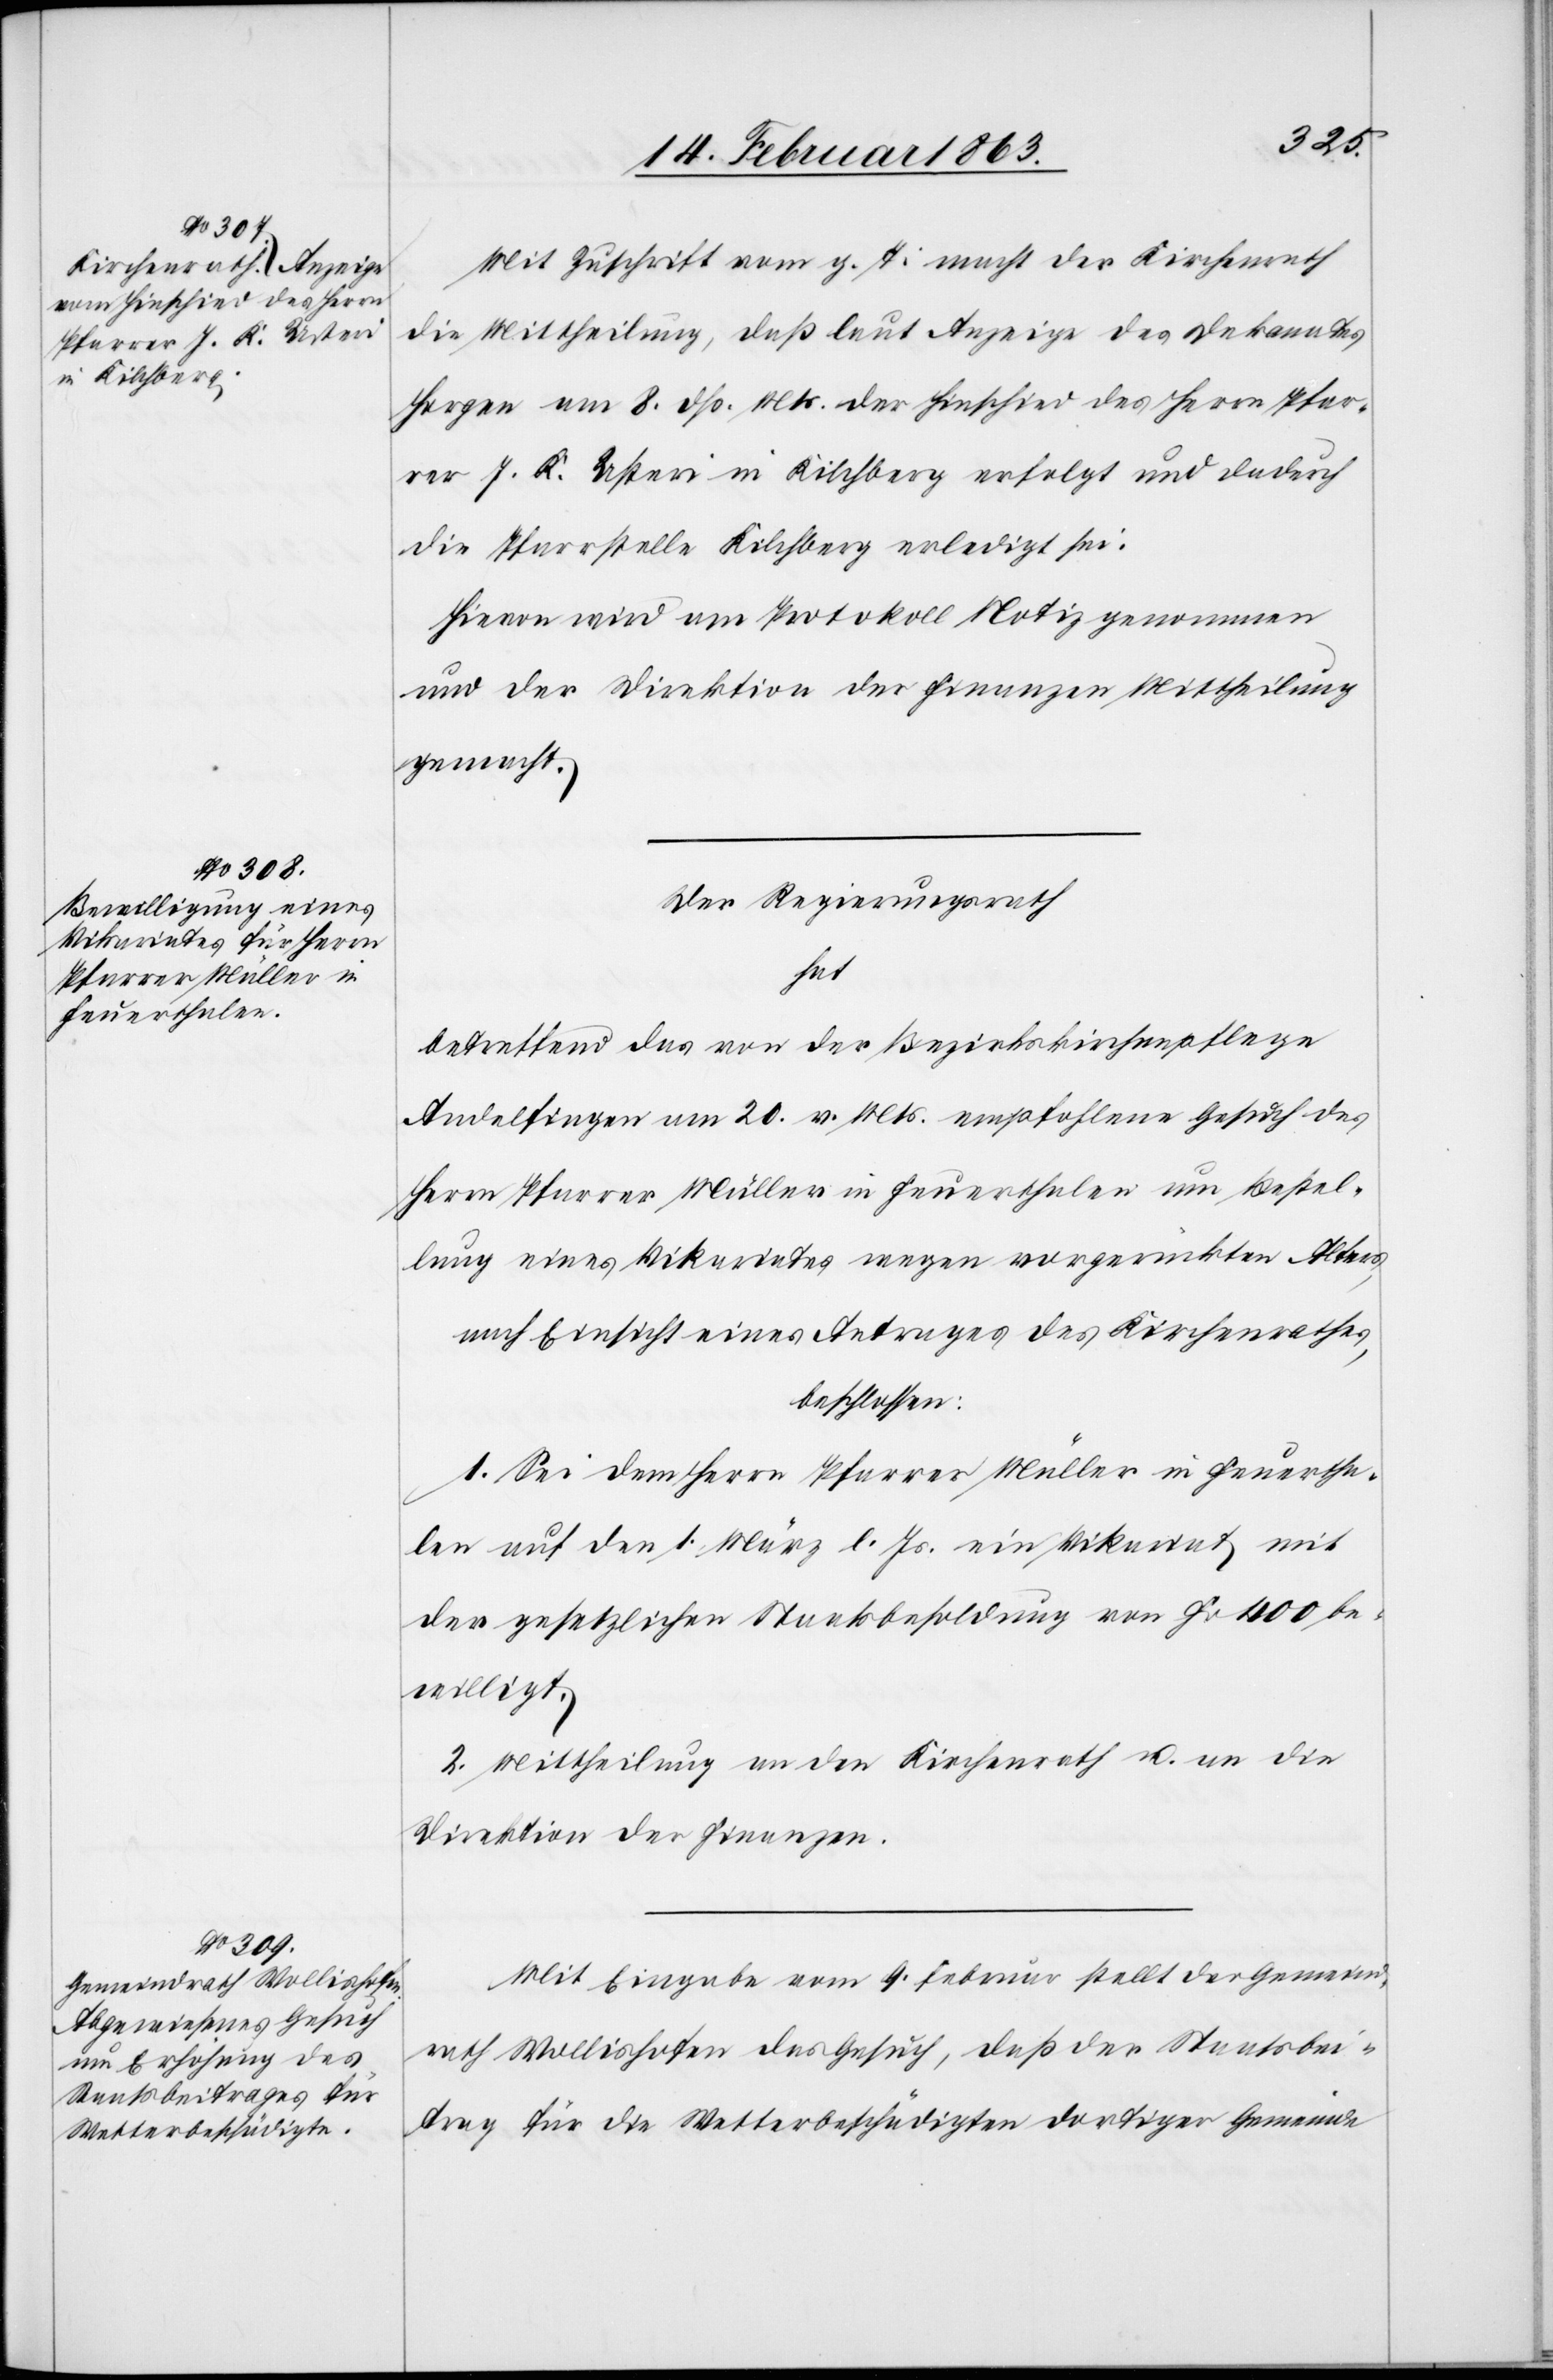
Mit Zuschrift vom g. T. macht der Kirchenrath
die Mittheilung, daß laut Anzeige des Dekanates
Horgen am 8. dß. Mts. der Hinschied des Herrn Pfar¬
rer J. K. Usteri in Kilchberg erfolgt und dadurch
die Pfarrstelle Kilchberg erledigt sei.
Hievon wird am Protokoll Notiz genommen
und der Direktion der Finanzen Mittheilung
gemacht.
Der Regierungsrath
hat
betreffend das von der Bezirkskirchenpflege
Andelfingen am 20. v. Mts. empfohlene Gesuch des
Herrn Pfarrer Müller in Feuerthalen um Bestel¬
lung eines Vikariates wegen vorgerückten Alters,
nach Einsicht eines Antrages des Kirchenrathes,
beschlossen:
1. Sei dem Herrn Pfarrer Müller in Feuertha¬
len auf den 1. März l. Js. ein Vikariat mit
der gesetzlichen Staatsbesoldung von Fr 400 be¬
willigt.
2. Mittheilung an den Kirchenrath u. an die
Direktion der Finanzen.
Mit Eingabe vom 9. Februar stellt der Gemeind¬
rath Wollishofen das Gesuch, daß der Staatsbei¬
trag für die Wetterbeschädigten dortiger Gemeinde